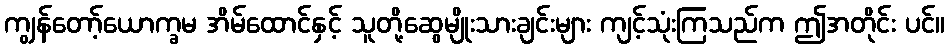
ကျွန်တော့်ယောက္ခမ အိမ်ထောင်နှင့် သူတို့ဆွေမျိုးသားချင်းများ ကျင့်သုံးကြသည်က ဤအတိုင်း ပင်။